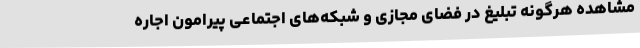
مشاهده هرگونه تبلیغ در فضای مجازی و شبکه‌های اجتماعی پیرامون اجاره